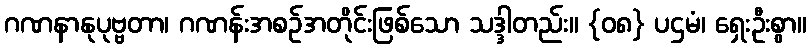
ဂဏနာနုပုဗ္ဗတာ၊ ဂဏန်းအစဉ်အတိုင်းဖြစ်သော သဒ္ဒါတည်း။ {၀၈} ပဌမံ၊ ရှေးဦးစွာ။